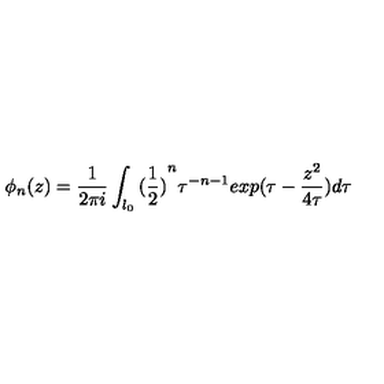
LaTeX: \phi _ { n } ( z ) = \frac { 1 } { 2 \pi i } \int _ { l _ { 0 } } { ( \frac { 1 } { 2 } ) } ^ { n } \tau ^ { - n - 1 } e x p ( \tau - \frac { z ^ { 2 } } { 4 \tau } ) d \tau